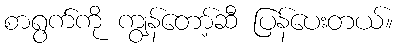
စာရွက်ကို ကျွန်တော့်ဆီ ပြန်ပေးတယ်။